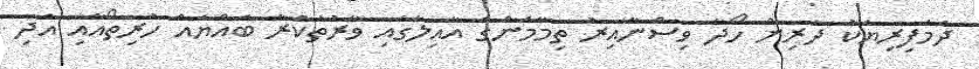
ދެމަފިރިޔަކު ދަރިން ހޯދާ ވިސްނާއިރު ތިމާމެންގެ އާއިލާގައި ވާރުތަކުރާ ބައްޔެއް ހުރިތޯއާއި އަދި